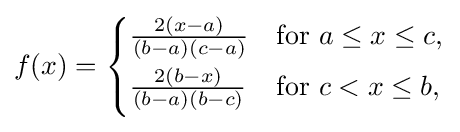
f(x)={\begin{cases}{\frac {2(x-a)}{(b-a)(c-a)}}&\mathrm {for\ } a\leq x\leq c,\\[4pt]{\frac {2(b-x)}{(b-a)(b-c)}}&\mathrm {for\ } c<x\leq b,\\[4pt]\end{cases}}